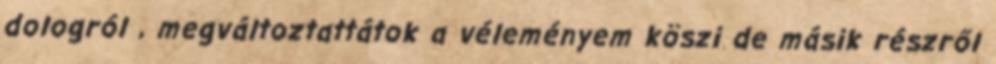
dologról , megváltoztattátok a véleményem köszi de másik részről